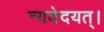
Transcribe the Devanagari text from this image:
न्यवेदयत्।